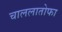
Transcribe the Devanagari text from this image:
चाललातोफा